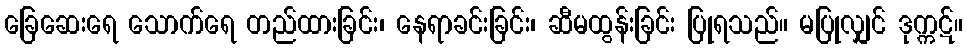
ခြေဆေးရေ သောက်ရေ တည်ထားခြင်း၊ နေရာခင်းခြင်း၊ ဆီမထွန်းခြင်း ပြုရသည်။ မပြုလျှင် ဒုက္ကဋ်။